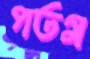
পতম